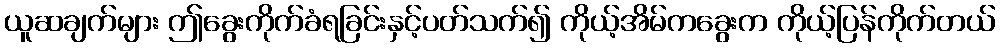
ယူဆချက်များ ဤခွေးကိုက်ခံရခြင်းနှင့်ပတ်သက်၍ ကိုယ့်အိမ်ကခွေးက ကိုယ့်ပြန်ကိုက်တယ်